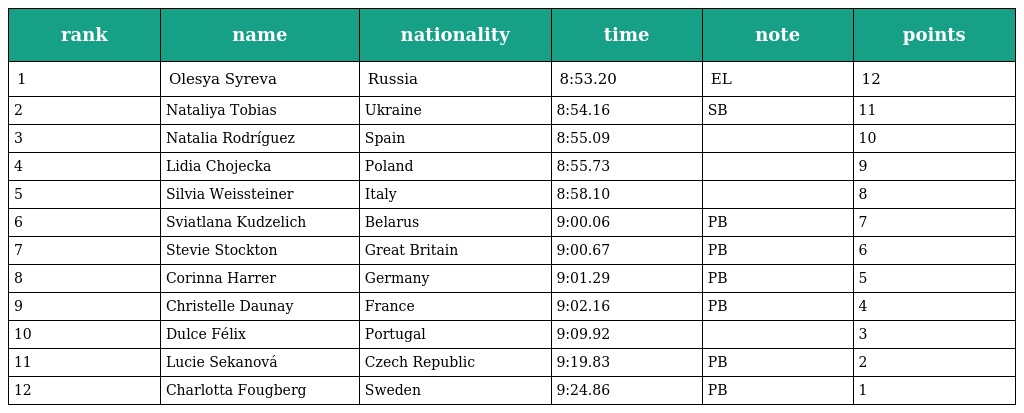
| rank | name | nationality | time | note | points |
 | --- | --- | --- | --- | --- | --- |
 | 1 | Olesya Syreva | Russia | 8:53.20 | EL | 12 |
 | 2 | Nataliya Tobias | Ukraine | 8:54.16 | SB | 11 |
 | 3 | Natalia Rodríguez | Spain | 8:55.09 |  | 10 |
 | 4 | Lidia Chojecka | Poland | 8:55.73 |  | 9 |
 | 5 | Silvia Weissteiner | Italy | 8:58.10 |  | 8 |
 | 6 | Sviatlana Kudzelich | Belarus | 9:00.06 | PB | 7 |
 | 7 | Stevie Stockton | Great Britain | 9:00.67 | PB | 6 |
 | 8 | Corinna Harrer | Germany | 9:01.29 | PB | 5 |
 | 9 | Christelle Daunay | France | 9:02.16 | PB | 4 |
 | 10 | Dulce Félix | Portugal | 9:09.92 |  | 3 |
 | 11 | Lucie Sekanová | Czech Republic | 9:19.83 | PB | 2 |
 | 12 | Charlotta Fougberg | Sweden | 9:24.86 | PB | 1 |